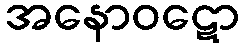
အနောဝဋော